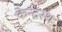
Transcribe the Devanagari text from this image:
केन्द्रस्थ